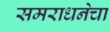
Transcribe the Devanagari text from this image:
समराधनेचा